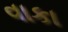
વાકા